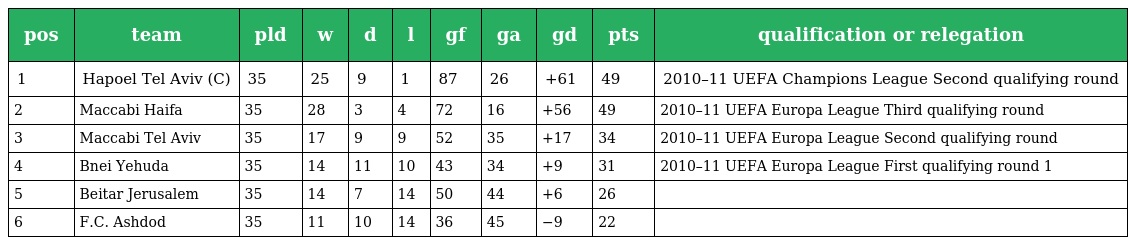
| pos | team | pld | w | d | l | gf | ga | gd | pts | qualification or relegation |
 | --- | --- | --- | --- | --- | --- | --- | --- | --- | --- | --- |
 | 1 | Hapoel Tel Aviv (C) | 35 | 25 | 9 | 1 | 87 | 26 | +61 | 49 | 2010–11 UEFA Champions League Second qualifying round |
 | 2 | Maccabi Haifa | 35 | 28 | 3 | 4 | 72 | 16 | +56 | 49 | 2010–11 UEFA Europa League Third qualifying round |
 | 3 | Maccabi Tel Aviv | 35 | 17 | 9 | 9 | 52 | 35 | +17 | 34 | 2010–11 UEFA Europa League Second qualifying round |
 | 4 | Bnei Yehuda | 35 | 14 | 11 | 10 | 43 | 34 | +9 | 31 | 2010–11 UEFA Europa League First qualifying round 1 |
 | 5 | Beitar Jerusalem | 35 | 14 | 7 | 14 | 50 | 44 | +6 | 26 |  |
 | 6 | F.C. Ashdod | 35 | 11 | 10 | 14 | 36 | 45 | −9 | 22 |  |